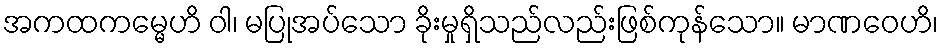
အကထကမ္မေဟိ ဝါ၊ မပြုအပ်သော ခိုးမှုရှိသည်လည်းဖြစ်ကုန်သော။ မာဏဝေဟိ၊